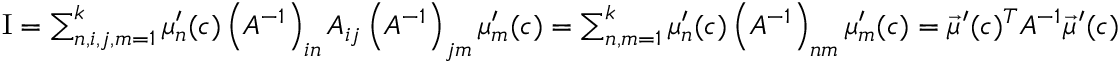
\begin{array} { r } { \mathrm { I } = \sum _ { n , i , j , m = 1 } ^ { k } \mu _ { n } ^ { \prime } ( c ) \left( A ^ { - 1 } \right) _ { i n } A _ { i j } \left( A ^ { - 1 } \right) _ { j m } \mu _ { m } ^ { \prime } ( c ) = \sum _ { n , m = 1 } ^ { k } \mu _ { n } ^ { \prime } ( c ) \left( A ^ { - 1 } \right) _ { n m } \mu _ { m } ^ { \prime } ( c ) = \vec { \mu } ^ { \prime } ( c ) ^ { T } A ^ { - 1 } \vec { \mu } ^ { \prime } ( c ) } \end{array}